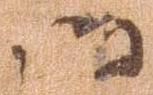
御